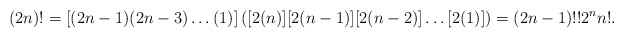
\begin{align*}(2n)!=[(2n-1)(2n-3)\dots(1)]\left([2(n)][2(n-1)][2(n-2)]\dots [2(1)]\right)=(2n-1)!!2^{n}n!.\end{align*}